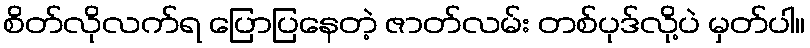
စိတ်လိုလက်ရ ပြောပြနေတဲ့ ဇာတ်လမ်း တစ်ပုဒ်လို့ပဲ မှတ်ပါ။